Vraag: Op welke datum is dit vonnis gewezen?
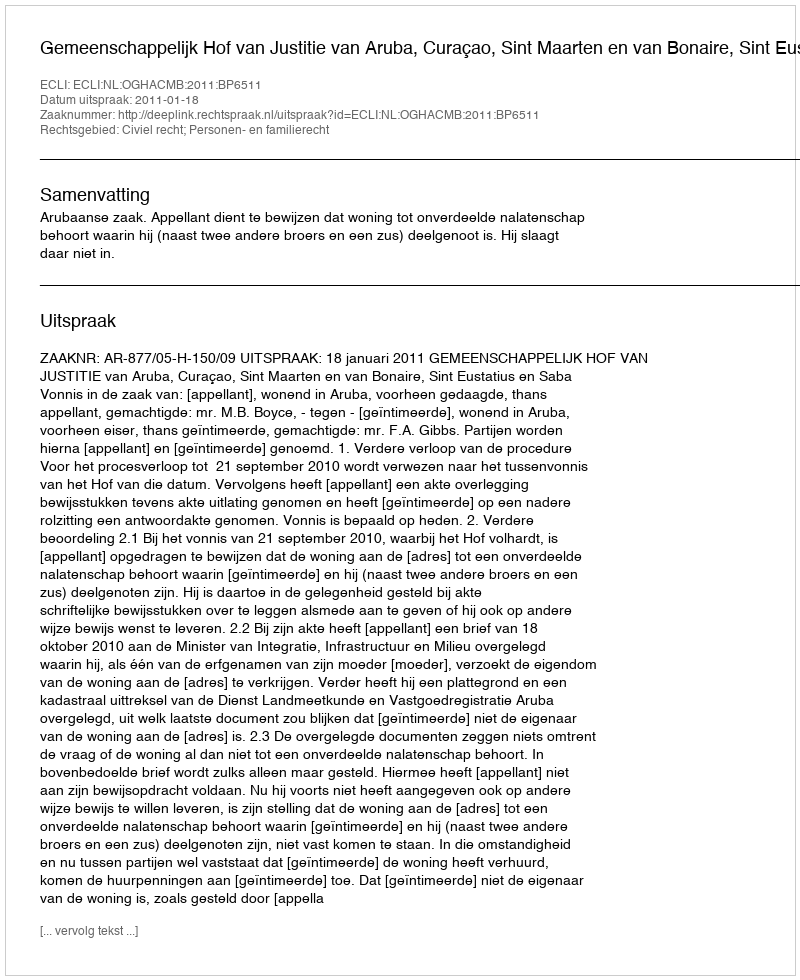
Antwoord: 2011-01-18